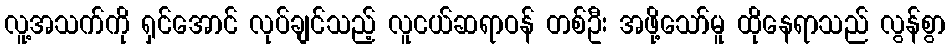
လူ့အသက်ကို ရှင်အောင် လုပ်ချင်သည့် လူငယ်ဆရာဝန် တစ်ဦး အဖို့သော်မူ ထိုနေရာသည် လွန်စွာ